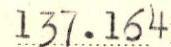
137.164